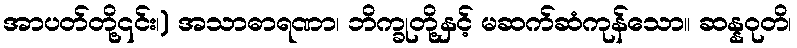
အာပတ်တို့၎င်း၊) အသာဓာရဏာ၊ ဘိက္ခုတို့နှင့် မဆက်ဆံကုန်သော။ ဆန္နဝုတိ၊